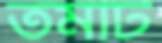
তমটি